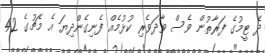
ދެ ޓީމުގެ ފަރާތުން ވެސް ވާދަވެރި ކުޅުމެއް ފެނިގެންދިޔަ އެ މެޗުގެ 42